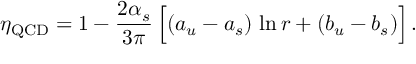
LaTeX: \eta _ { \mathrm { Q C D } } = 1 - { \frac { 2 \alpha _ { s } } { 3 \pi } } \, \Big [ ( a _ { u } - a _ { s } ) \, \ln r + ( b _ { u } - b _ { s } ) \Big ] \, .